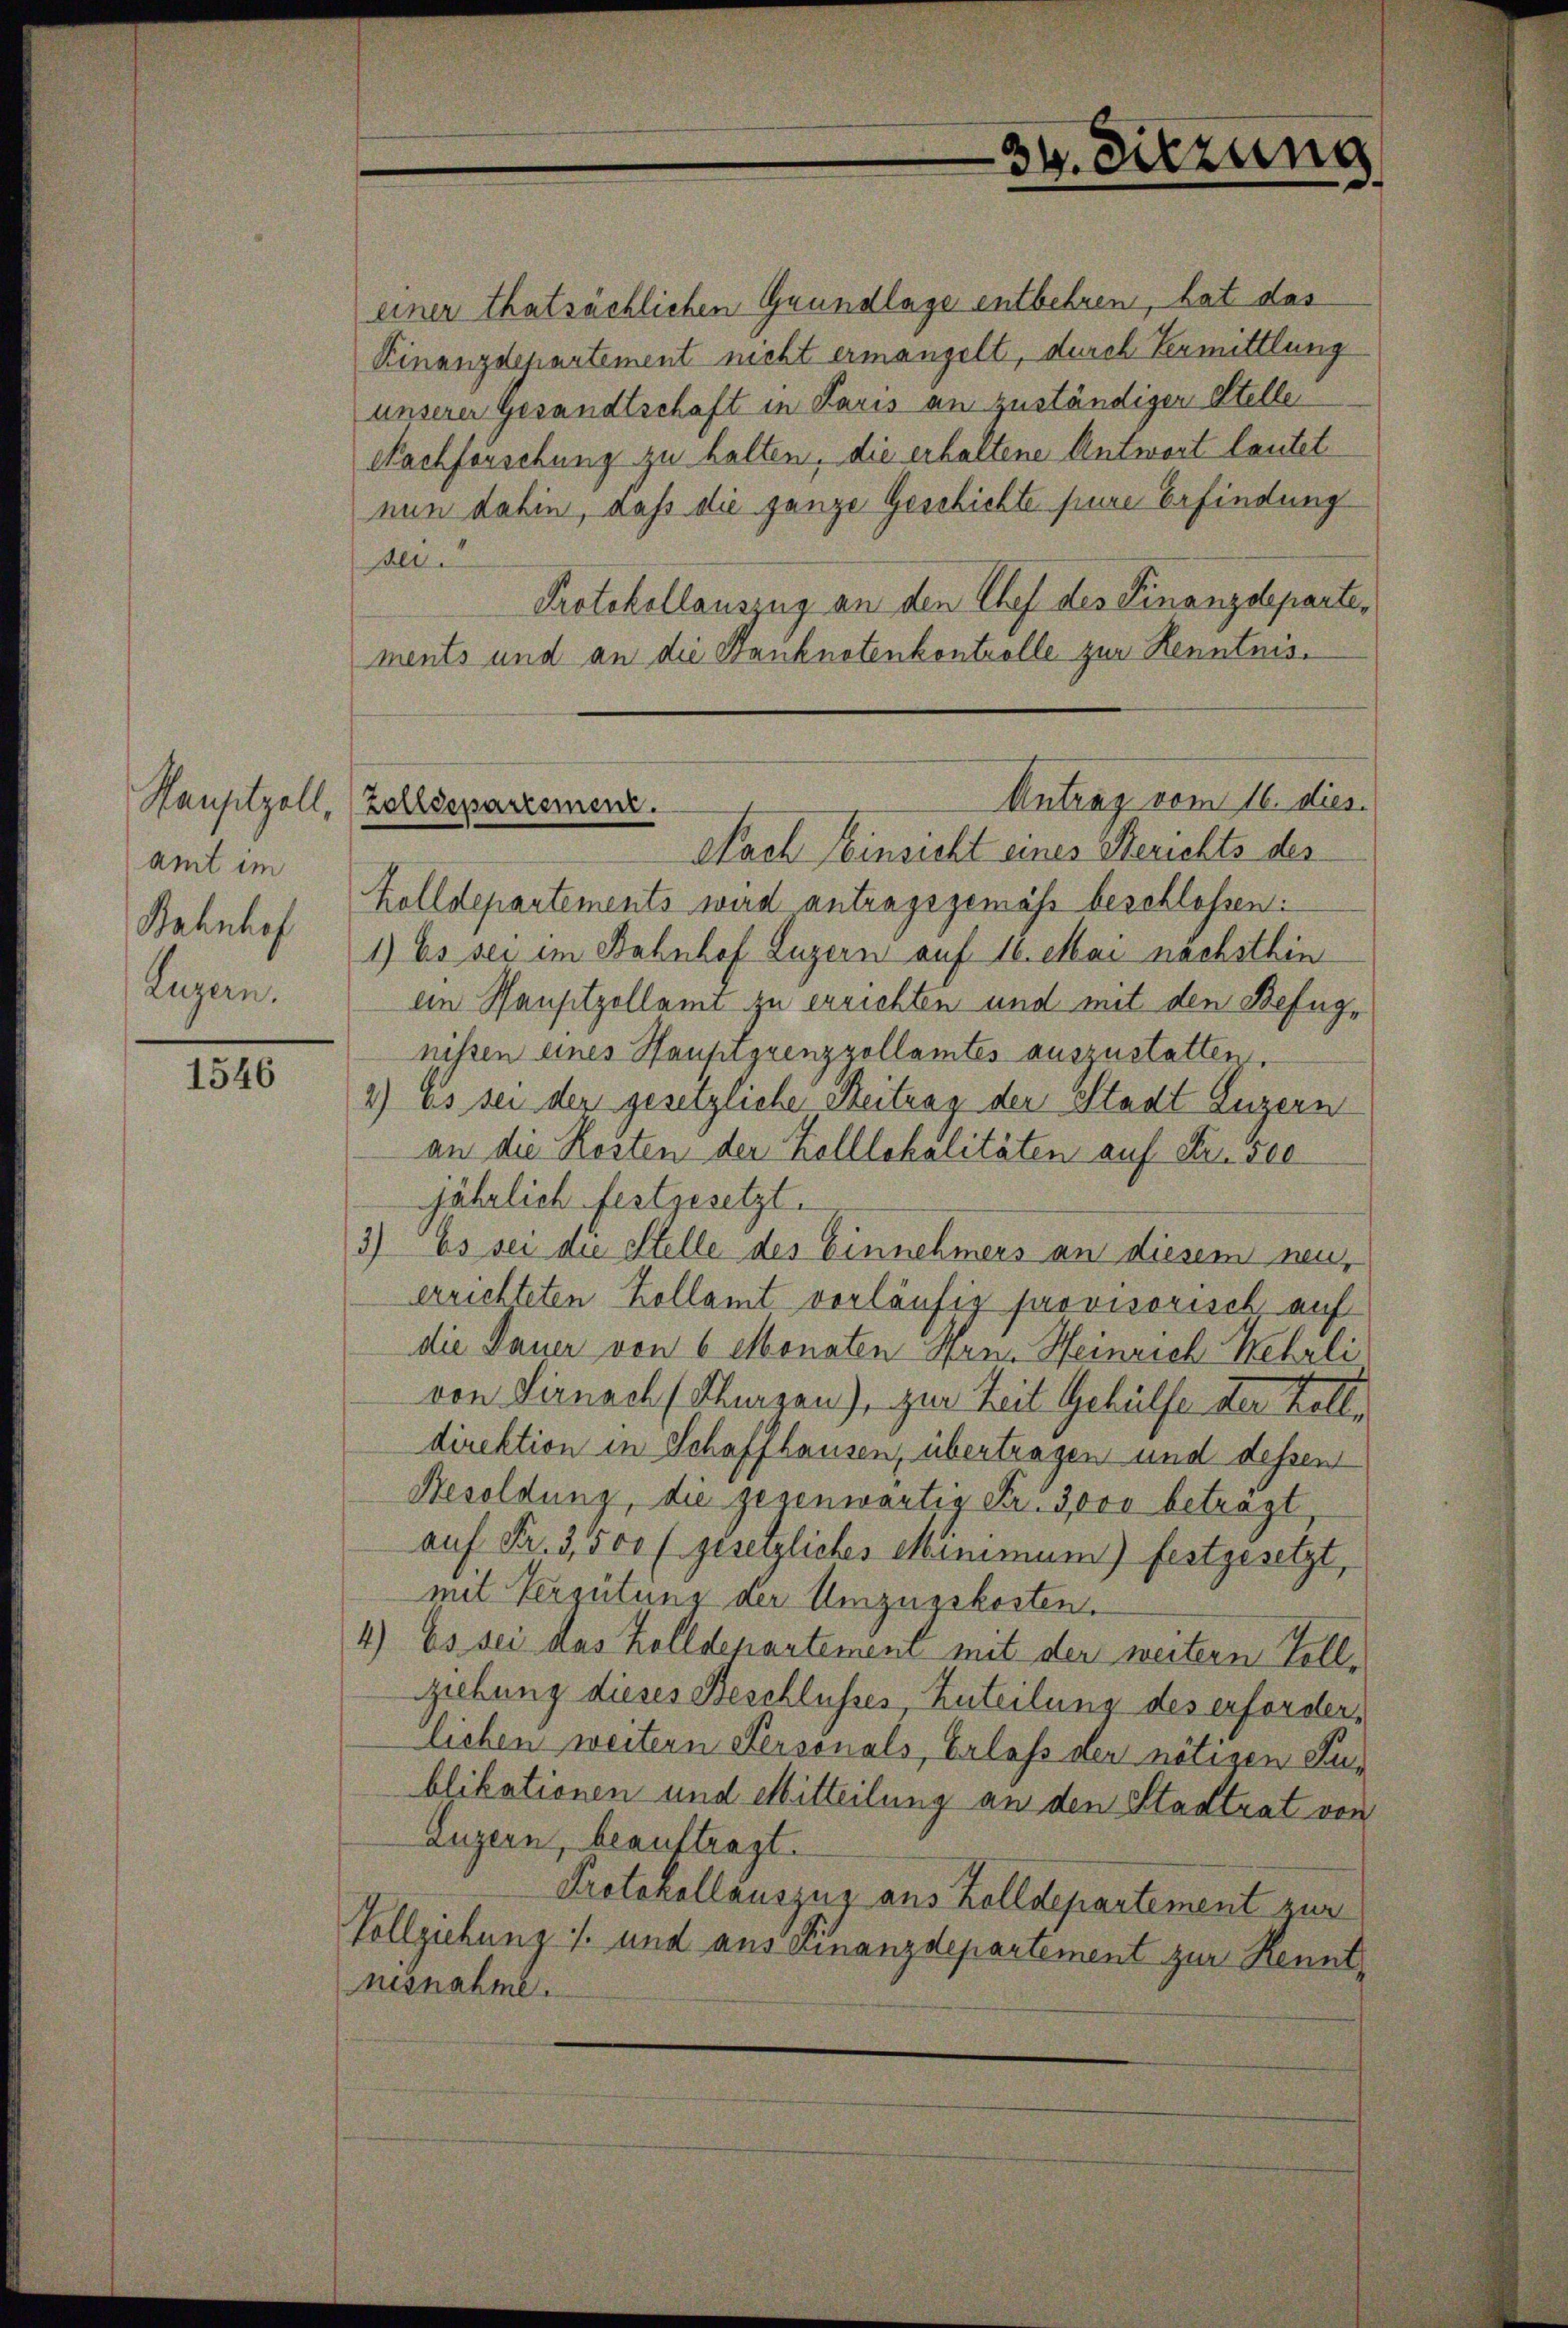
amt im
Bahnhof
Luzern.

1546

einer thatsächlichen Grundlage entbehren, hat das
Kinanzdepartement nicht ermangelt, durch Vermittlung
unserer Gesandtschaft in Paris an zuständiger Stelle
Nachforschung zu halten, die erhaltene Antwort lautet
nun dahin, dass die ganze Geschichte seine Erfindung
dls.
Protokollauszug an den Thef des Finanzdepartements und an die Hanknotenkontrolle zur Kenntnis¬
Nach Einsicht eines Berichts des
Zolldepartements wird antragsgemäss beschlossen:
1) Es sei im Bahnhof Luzern auf 16. Mai nachsthin
an Hauptzollamt zu errichten und mit den Befugnissen eines Hauptgrenzzollamtes auszustatter
1.) Es sei der gesetzliche Reitung der Stadt Luzern
an die Kosten der Kolllokalitäten auf Fr. 500
jährlich festgesetzt.
3) Es sei die Stelle des Einnehmers an diesem neu,
errichteten Kollamt vorläufig provisorisch auf
die Dauer von 6 Monaten Hrn. Heinrich Rehrli
von Sirnach (Thurgen), zur Zeit Gehülfe der Zelldirektion in Schaffhausen, übertragen und dessen
Resoldung, die gegenwärtig Fr. 3000 beträgt
auf Fr. 3,500 f. gesetzliches Minimum) festgesetzt,
mit Vergütung der Umzugskosten.
4.) Es sei das Zolldepartemen mit der weitern Zollziehung dieses Beschlusses Zuteilung des erforderlichen weitern Personals, Erlass der nötigen Sublikationen und Mitteilung an den Stadtrat von
Luzern, beauftragt.
Protokollauszug aus Zolldepartement zur
Vollziehung 1. und aus Finanzdepartement zur Kenntnesnahme.

34. Sitzung

Antrag vom 16. dies
Hauptzoll, (Zolldepartemenz.